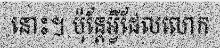
នោះ។ ប៉ុន្តែអ្វីដែលលោក